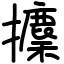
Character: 攈